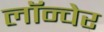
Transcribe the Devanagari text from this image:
लॉन्चेर